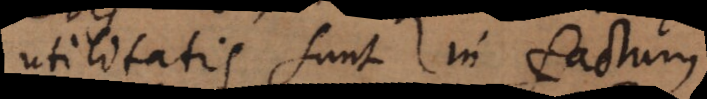
utilitatis sunt in factum